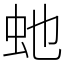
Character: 虵